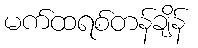
မက်ထရစ်တန်ချိန်